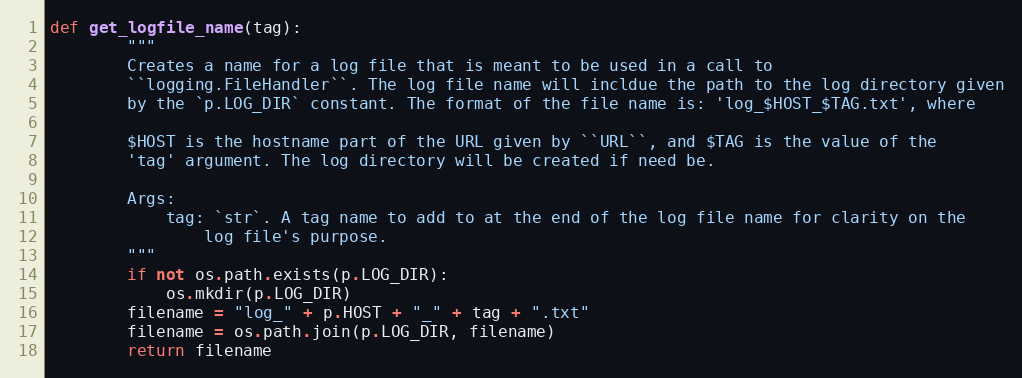
Language: Python
def get_logfile_name(tag):
        """
        Creates a name for a log file that is meant to be used in a call to
        ``logging.FileHandler``. The log file name will incldue the path to the log directory given
        by the `p.LOG_DIR` constant. The format of the file name is: 'log_$HOST_$TAG.txt', where

        $HOST is the hostname part of the URL given by ``URL``, and $TAG is the value of the
        'tag' argument. The log directory will be created if need be.

        Args:
            tag: `str`. A tag name to add to at the end of the log file name for clarity on the
                log file's purpose.
        """
        if not os.path.exists(p.LOG_DIR):
            os.mkdir(p.LOG_DIR)
        filename = "log_" + p.HOST + "_" + tag + ".txt"
        filename = os.path.join(p.LOG_DIR, filename)
        return filename